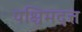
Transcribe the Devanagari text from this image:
पश्चिमदत्त